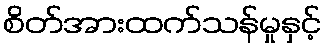
စိတ်အားထက်သန်မှုနှင့်